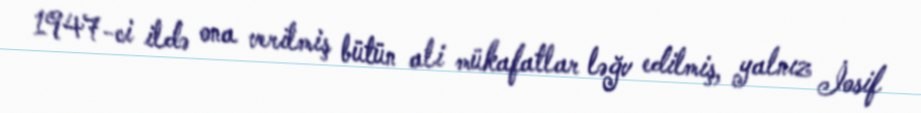
1947-ci ildə ona verilmiş bütün ali mükafatlar ləğv edilmiş, yalnız İosif